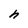
Character: h